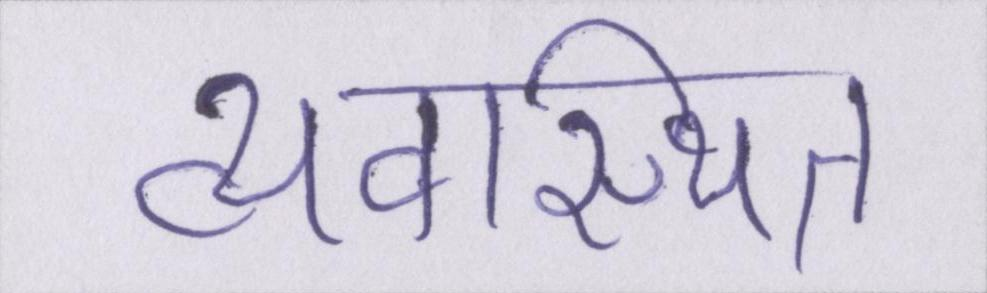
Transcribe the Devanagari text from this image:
व्यवस्थित